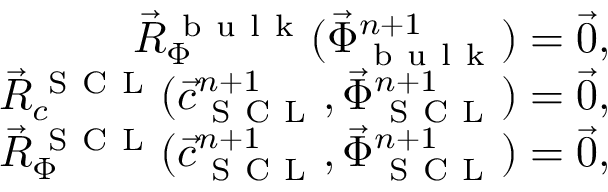
\begin{array} { r } { \vec { R } _ { \Phi } ^ { \mathrm { ~ b ~ u ~ l ~ k ~ } } ( \vec { \Phi } _ { \mathrm { ~ b ~ u ~ l ~ k ~ } } ^ { n + 1 } ) = \vec { 0 } , } \\ { \vec { R } _ { c } ^ { \mathrm { ~ S ~ C ~ L ~ } } ( \vec { c } _ { \mathrm { ~ S ~ C ~ L ~ } } ^ { n + 1 } , \vec { \Phi } _ { \mathrm { ~ S ~ C ~ L ~ } } ^ { n + 1 } ) = \vec { 0 } , } \\ { \vec { R } _ { \Phi } ^ { \mathrm { ~ S ~ C ~ L ~ } } ( \vec { c } _ { \mathrm { ~ S ~ C ~ L ~ } } ^ { n + 1 } , \vec { \Phi } _ { \mathrm { ~ S ~ C ~ L ~ } } ^ { n + 1 } ) = \vec { 0 } , } \end{array}